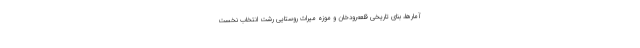
آمارها، بنای تاریخی قلعه‌رودخان و موزه‌ میراث روستایی رشت انتخاب نخست